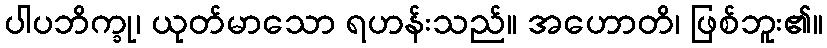
ပါပဘိက္ခု၊ ယုတ်မာသော ရဟန်းသည်။ အဟောတိ၊ ဖြစ်ဘူး၏။